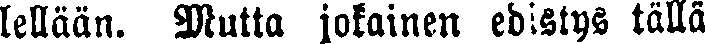
lellään. Mutta jokainen edistys tällä